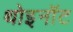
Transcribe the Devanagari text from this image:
थोइनॉट